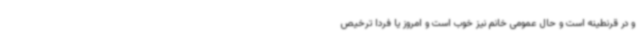
و در قرنطینه است و حال عمومی خانم نیز خوب است و امروز یا فردا ترخیص